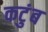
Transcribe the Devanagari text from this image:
कटुंब